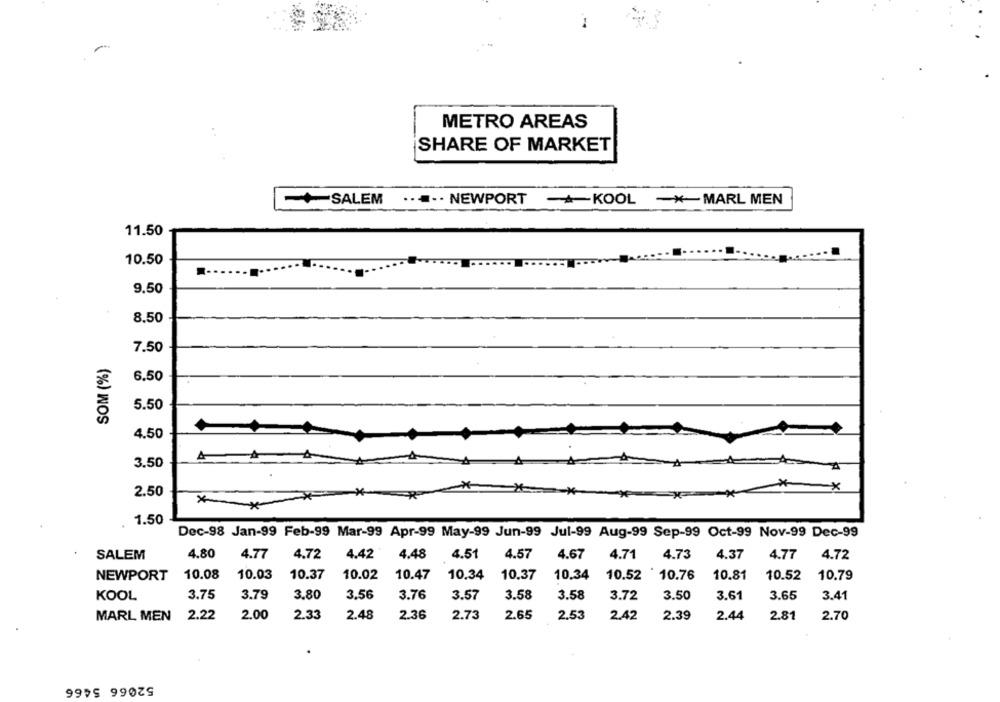
METRO AREAS
SHARE OF MARKET
SALEM
.... NEWPORT
-KOOL - MARL MEN
11.50
10.50
9.50
8.50
7.50
SOM (%)
6.50
5.50
4.50
3.50
×
2.50
1.50
.
Dec-98 Jan-99 Feb-99 Mar-99 Apr-99 May-99 Jun-99 Jul-99 Aug-99 Sep-99 Oct-99 Nov-99 Dec-99
4.80
4.77
4.72
4.42
4.48
4.51
4.57
4.67
4.71
4.73
4.37
4.77
4.72
SALEM
10.08
10.03
10.37
10.02
10.47
10.34
10.37
10.34
10.52
10.76
10.81
10.52
10.79
NEWPORT
KOOL
3.75
3.79
3.80
3.56
3.76
3.57
3.58
3.58
3.72
3.50
3.61
3.65
3.41
MARL MEN
2.22
2.00
2.33
2.48
2.36
2.73
2.65
2.53
2.42
2.39
2.44
2.81
2.70
52066 5466